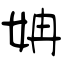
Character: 姌